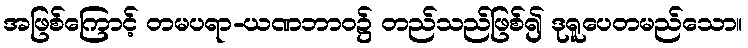
အဖြစ်ကြောင့် တမပရာ-ယဏဘာဝ၌ တည်သည်ဖြစ်၍ ဒုရူပေတမည်သော။